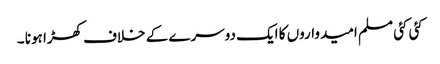
کئی کئی مسلم امیدواروں کا ایک دوسرے کے خلاف کھڑا ہونا ۔